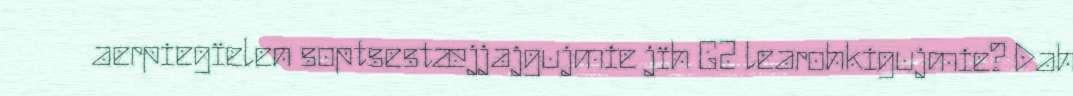
aerpiegïelen soptsestæjjajgujmie jïh G2 learohkigujmie? Dah